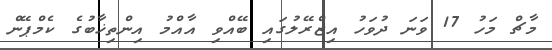
މާޗް މަހު 17 ވަނަ ދުވަހު އިޒްރޭލުގައި ބޭއްވި އާއްމު އިންތިޚާބުގެ ކެމްޕޭން